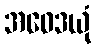
အဝေဒယုံ